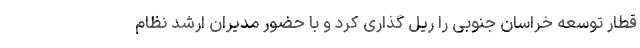
قطار توسعه خراسان جنوبی را ریل گذاری کرد و با حضور مدیران ارشد نظام